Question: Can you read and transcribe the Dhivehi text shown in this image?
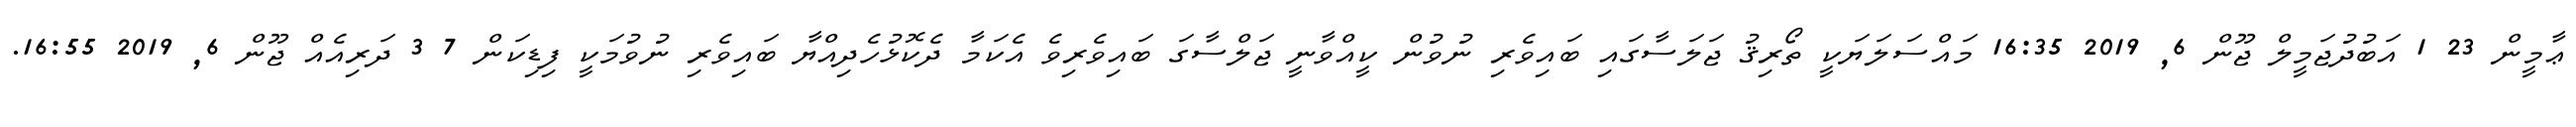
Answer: ޢާމީން 23 1 އަބުދުޖަމީލް ޖޫން 6, 2019 16:35 މައްސަލަޔަކީ ތޯރިޤު ޖަލަސާގައި ބައިވެރި ނުވުން ކީއްވާނީ ޖަލްސާގަ ބައިވެރިވެ އެކަމާ ދެކޮޅުހެދިއްޔާ ބައިވެރި ނުވުމަކީ ފިޑިކަން 7 3 ދަރިއެއް ޖޫން 6, 2019 16:55.